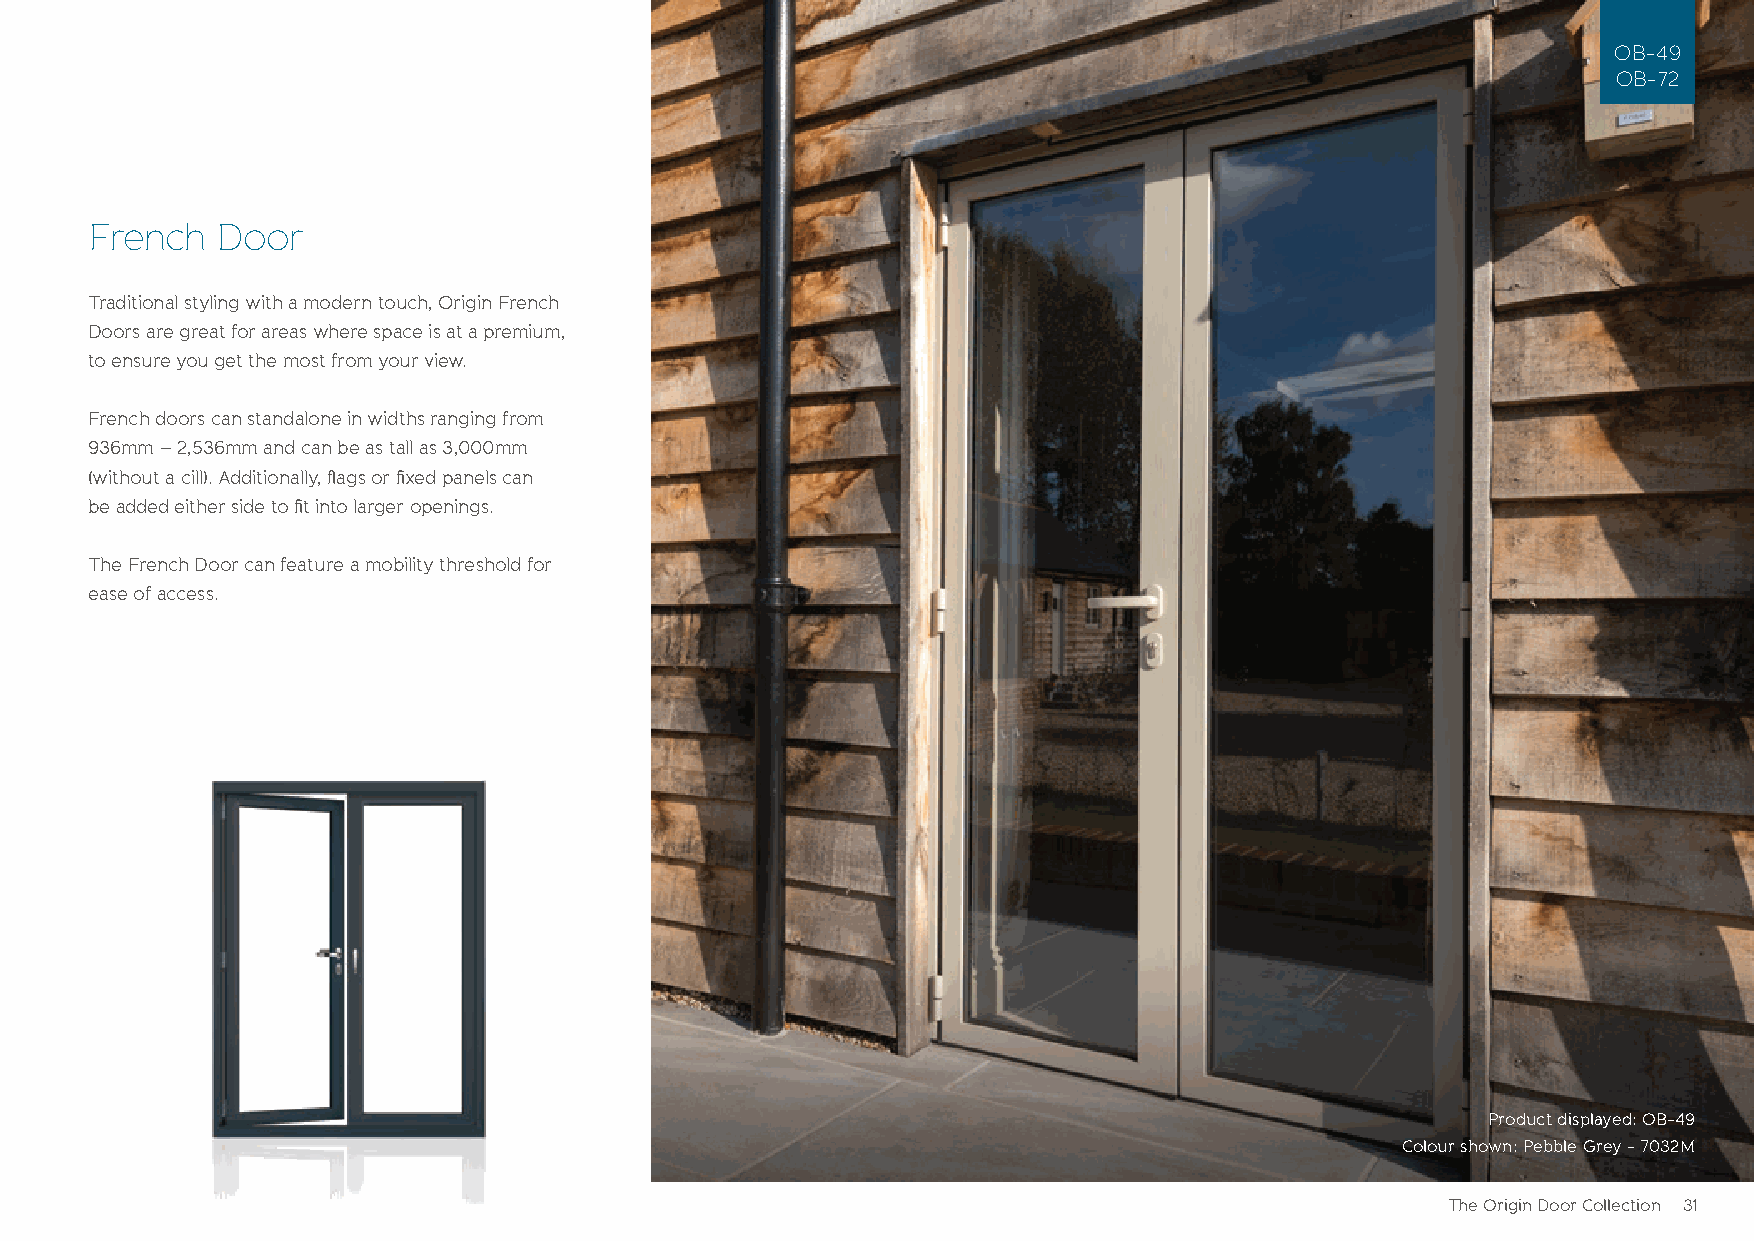
OB-49
 OB-72
 French  Door
 Traditional styling with a modern touch, Origin French
 Doors are great for areas where space is at a premium,
 to ensure you get the most from your view.
 French doors can standalone in widths ranging from
 936mm – 2,536mm and can be as tall as 3,000mm
 (without a cill). Additionally, flags or fixed panels can
 be added either side to fit into larger openings.
 The French Door can feature a mobility threshold for
 ease of access.
 Product displayed: OB-49
 Colour shown: Pebble Grey - 7032M
 The Origin Door Collection 31